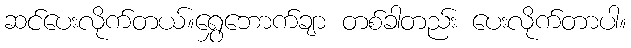
ဆင်ပေးလိုက်တယ်။ရွှေဘောက်ချာ တစ်ခါတည်း ပေးလိုက်တာပါ။